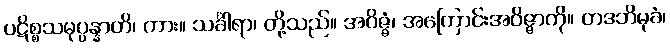
ပဋိစ္စသမုပ္ပန္နာတိ၊ ကား။ သင်္ခါရာ၊ တို့သည်။ အဝိဇ္ဇံ၊ အကြောင်းအဝိဇ္ဇာကို။ တဒဘိမုခံ၊